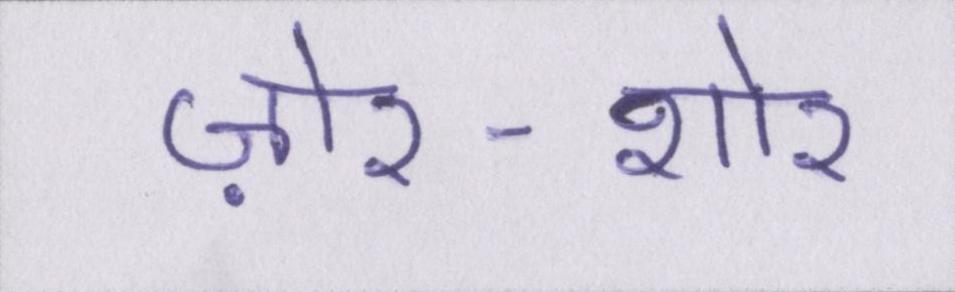
ज़ोर-शोर